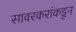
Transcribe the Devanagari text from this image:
सावरकरांकडून